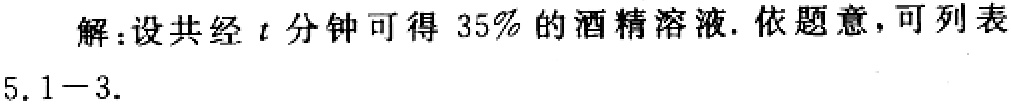
解：设共经\(t\)分钟可得\(35\%\)的酒精溶液. 依题意，可列表\(5.1 - 3.\)